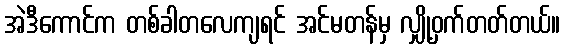
အဲဒီကောင်က တစ်ခါတလေကျရင် အင်မတန်မှ လျှို့ဝှက်တတ်တယ်။